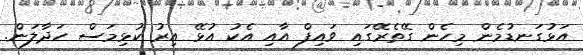
އަޅުގަނޑުމެން މިހެން ގޭތެރޭގައި ވައިފް އާއި އެކު އުޅޭ އިރު ކުޅިމަސް ހަދާލަން.